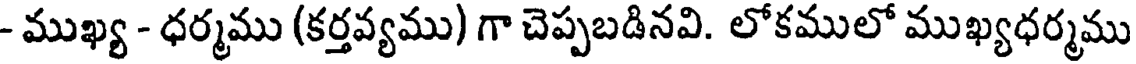
- ముఖ్య - ధర్మము (కర్తవ్యము) గా చెప్పబడినవి. లోకములో ముఖ్యధర్మము